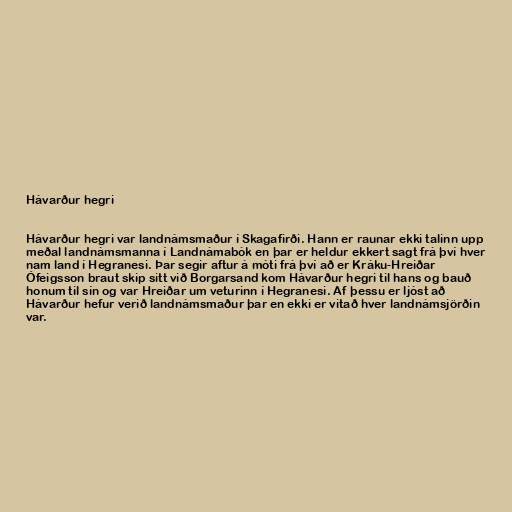
Hávarður hegri

Hávarður hegri var landnámsmaður í Skagafirði. Hann er raunar ekki talinn upp
meðal landnámsmanna í Landnámabók en þar er heldur ekkert sagt frá því hver
nam land í Hegranesi. Þar segir aftur á móti frá því að er Kráku-Hreiðar
Ófeigsson braut skip sitt við Borgarsand kom Hávarður hegri til hans og bauð
honum til sín og var Hreiðar um veturinn í Hegranesi. Af þessu er ljóst að
Hávarður hefur verið landnámsmaður þar en ekki er vitað hver landnámsjörðin
var.